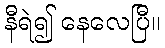
နီရဲ၍ နေလေပြီ။